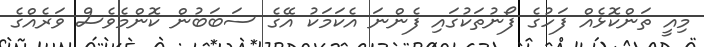
މިއީ ތަންކޮޅެއް ފަހުގެ ފޯނުތަކުގައި ފެންނަ އެކަމަކު އޭގެ ސަބަބުން ކޮންމެވެސް ވަރެއްގެ